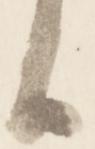
と